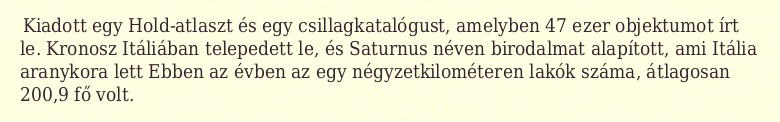
Kiadott egy Hold-atlaszt és egy csillagkatalógust, amelyben 47 ezer objektumot írt le. Kronosz Itáliában telepedett le, és Saturnus néven birodalmat alapított, ami Itália aranykora lett Ebben az évben az egy négyzetkilométeren lakók száma, átlagosan 200,9 fő volt.